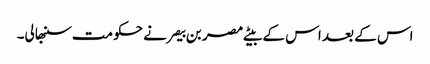
اس کے بعد اس کے بیٹے مصر بن بیصر نے حکومت سنبھالی۔